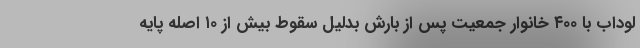
لوداب با ۴۰۰ خانوار جمعیت پس از بارش بدلیل سقوط بیش از ۱۰ اصله پایه